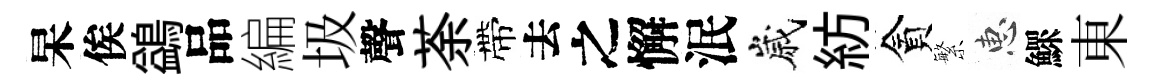
杲俟鷁品編圾聲荼帶去之懈泯嵗紡貪繁惠鰥東